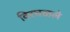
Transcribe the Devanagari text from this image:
विरघळले